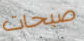
صيحات